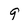
Character: 9